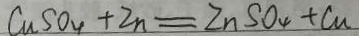
C u S O _ { 4 } + 2 n = Z n S O _ { 4 } + C u